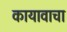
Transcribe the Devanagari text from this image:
कायावाचा